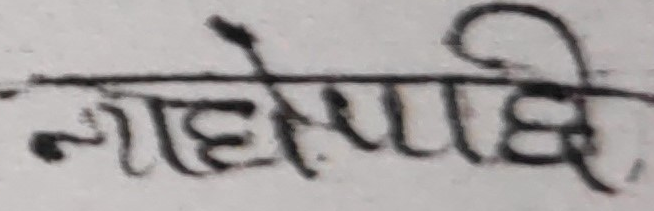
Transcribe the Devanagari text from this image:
नाहमाछि